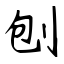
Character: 刨